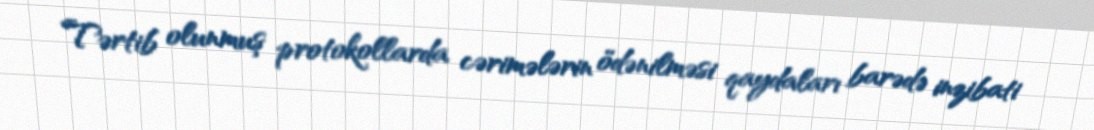
Tərtib olunmuş protokollarda cərimələrin ödənilməsi qaydaları barədə inzibati